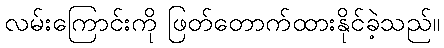
လမ်းကြောင်းကို ဖြတ်တောက်ထားနိုင်ခဲ့သည်။